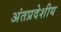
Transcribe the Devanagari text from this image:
अंतप्रदेशीय